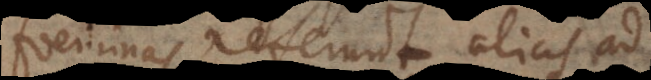
foeminas referunt, alias ad